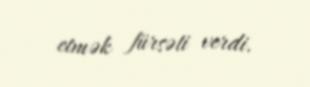
etmək fürsəti verdi.